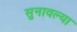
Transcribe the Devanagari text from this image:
सुनावल्या